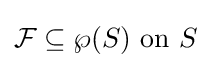
{\mathcal {F}}\subseteq \wp (S){\text{ on }}S